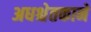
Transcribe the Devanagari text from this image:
अधश्चेतकाने